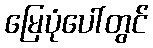
မြေပုံပေါ်တွင်